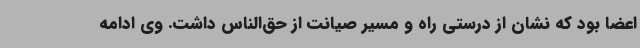
اعضا بود که نشان از درستی راه و مسیر صیانت از حق‌الناس داشت. وی ادامه